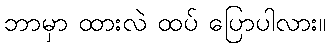
ဘာမှာ ထားလဲ ထပ် ပြောပါလား။